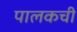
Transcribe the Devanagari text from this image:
पालकची